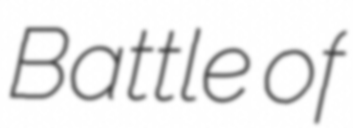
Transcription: Battle of